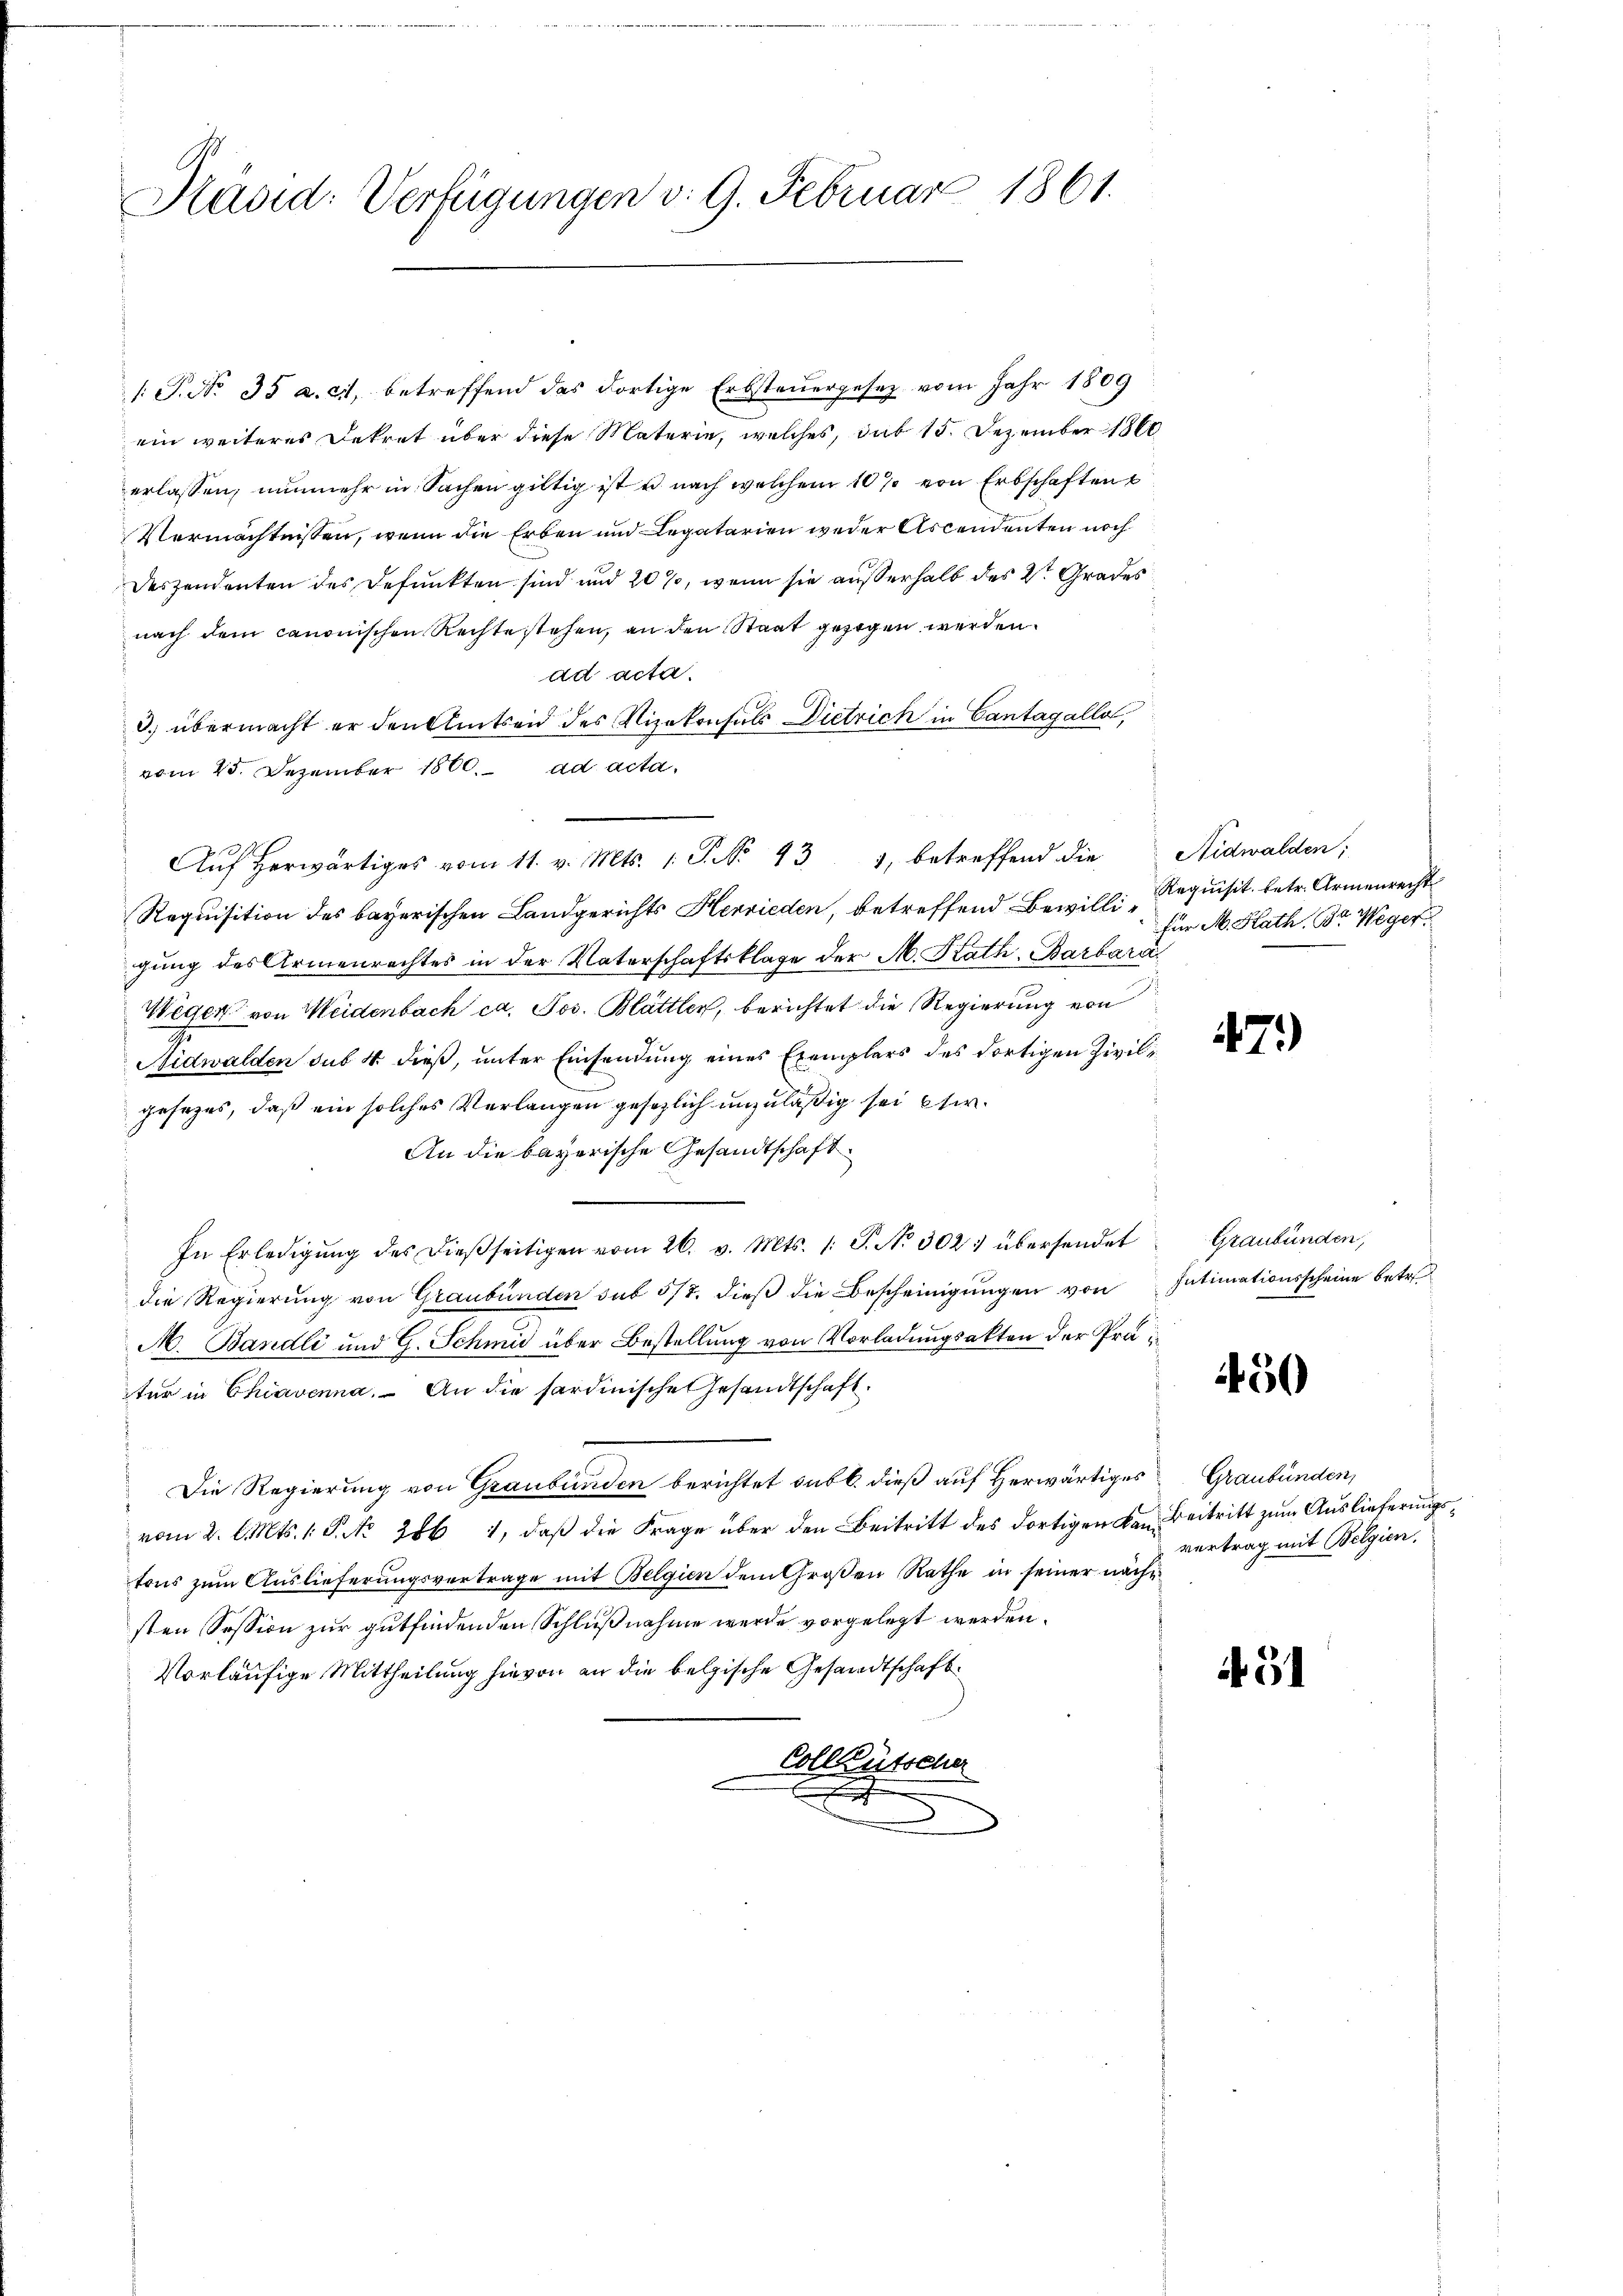
Kävid: Verfügungen v. 9. Februar 1861.

/: P. No. 35 a. c., betreffend das dortige Erbsteuergesetz vom Jahr 1809
ein weiteres Dekret über diese Materie, welches, das 15. Dezember 1860
erlassen, nunmehr in Sachen gültig ist u nach welchem 10 % von Erbschaften
Vermächtnissen, wenn die Erben und Legatarien weder Ascendenten noch
Deszendenten des defunkten sind und 20 %, wenn sie außerhalb des 2ten Grades
nach dem canonischen Rechte stehen, an den Staat gezogen werden.
ad acta.
3.) übermacht er den Amtseid des Vizekonsuls Dietrich in Cantagálla,
vom 25. Dezember 1800. ad acta,
Requisition des bayerischen Landgerichts Herrieden, betreffend Bewilli-Requisit. betr. Armenrecht
gung des Armenrechtes in der Vaterschaftsklage der M. Kath. Barbara
Wegen von Meidenbach ca. Jos. Blättler, berichtet die Regierung von
Nidwalden sub 4 dieß, unter Einsendung eines Exemplars des dortigen Zivilgesezes, daß ein solches Verlangen gesetzlich unzuläßig sei ei
An die bayerische Gesandtschaft
n
In Erledigŭng des dießseitigen vom 26. v. Mts. /: P. No 302: übersendet
die Regierung von Graubünden sub 5/7. dieß die Bescheinigungen von
M. Bändli und G. Schmid über Bestellung von Vorladungsakten der Präter in Chiavenna. An die sardinische Gesandtschaft.
Die Regierung von Graubünden berichtet subt. dieß auf Herwärtiges Graubünden,
vom 2. l. Mts. 1. P. No. 286. 4, daβ die Frage über den Beitritt des dortigen Kan Beitritt zum Auslieferungstons zum Auslieferungsvertrage mit Belgien dem Großen Rathe in seiner nächsten Session zur gutfindenden Schlußnahme wurde vorgelegt werden.
Vorläufige Mittheilung hievon an die belgische Gesandtschaft.
Collkutscher

Aŭf herwärtiges vom 11. v. Mts. 1. P. No. 431, betreffend die

Nidwalden;
für M. Kath. Br. Weger

471)

Graubünden,
Intimationsscheine betr

450

vertrag mit Belgien,

5